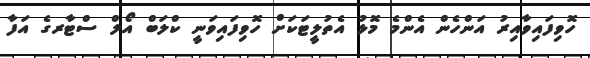
ހޮވިފައިވާއިރު އަންހެން އެންމެ މޮޅު އެތުލީޓަކަށް ހޮވިފައިވަނީ ކްލަބް އޯލް ސްޓާރގެ އަފާ